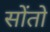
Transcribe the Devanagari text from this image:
सोंतो